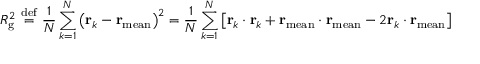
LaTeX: R _ { \mathrm { g } } ^ { 2 } \ { \stackrel { \mathrm { d e f } } { = } } \ { \frac { 1 } { N } } \sum _ { k = 1 } ^ { N } \left( \mathbf { r } _ { k } - \mathbf { r } _ { \mathrm { m e a n } } \right) ^ { 2 } = { \frac { 1 } { N } } \sum _ { k = 1 } ^ { N } \left[ \mathbf { r } _ { k } \cdot \mathbf { r } _ { k } + \mathbf { r } _ { \mathrm { m e a n } } \cdot \mathbf { r } _ { \mathrm { m e a n } } - 2 \mathbf { r } _ { k } \cdot \mathbf { r } _ { \mathrm { m e a n } } \right]